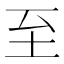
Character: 至